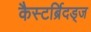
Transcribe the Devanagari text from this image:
कैस्टर्ब्रिदड्ज